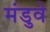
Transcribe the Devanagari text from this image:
मंडुवे